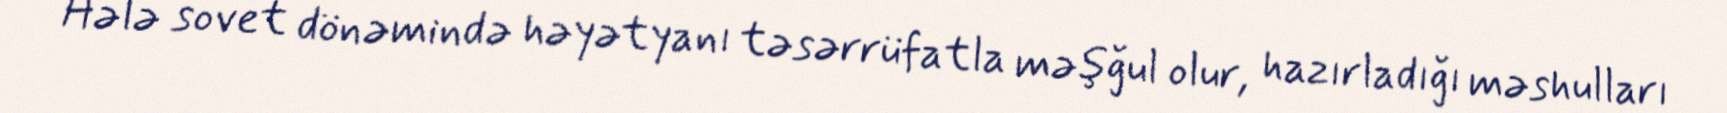
Hələ sovet dönəmində həyətyanı təsərrüfatla məşğul olur, hazırladığı məshulları